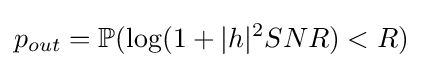
p_{out}=\mathbb {P} (\log(1+|h|^{2}SNR)<R)